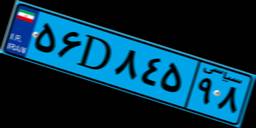
۵۶D۸۴۵۹۸